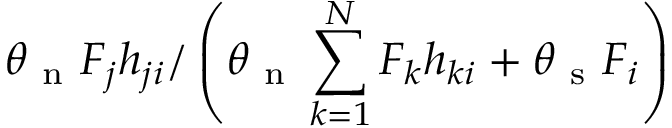
\theta _ { \mathrm { ~ n ~ } } F _ { j } h _ { j i } / \left( \theta _ { \mathrm { ~ n ~ } } \sum _ { k = 1 } ^ { N } F _ { k } h _ { k i } + \theta _ { \mathrm { ~ s ~ } } F _ { i } \right)